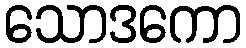
သောဒကော